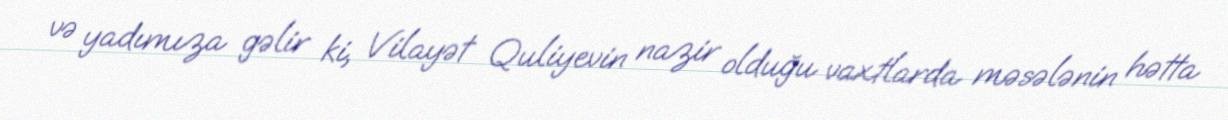
və yadımıza gəlir ki, Vilayət Quliyevin nazir olduğu vaxtlarda məsələnin hətta